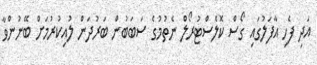
އަދި ފެހި އާފަލުގައި ގޯސް ކޮލެސްޓުރޯލް ނެތުމުގެ ސަބަބުން ބަރުދަން ލުއިކުރުމަށް ބޭނުންވާ